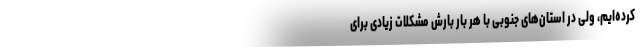
کرده‌ایم، ولی در استان‌های جنوبی با هر بار بارش مشکلات زیادی برای